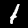
Digit: 1